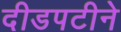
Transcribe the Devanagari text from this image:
दीडपटीने